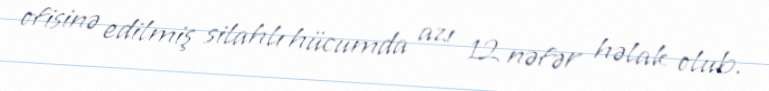
ofisinə edilmiş silahlı hücumda azı 12 nəfər həlak olub.